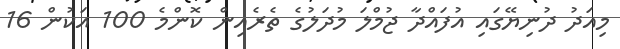
މިއަދު ދުނިޔޭގައި އުފައްދާ ޖުމްލަ މުދަލުގެ ތެރެއިން ކޮންމެ 100 އަކުން 16